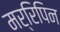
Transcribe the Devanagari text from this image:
मर्रिपिन